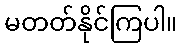
မတတ်နိုင်ကြပါ။